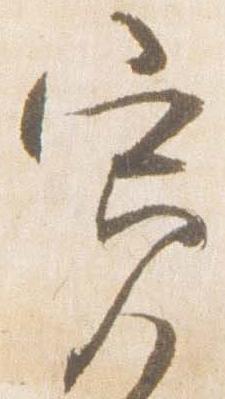
寛